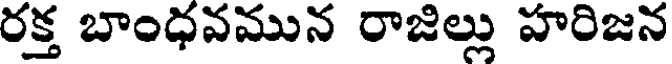
రక్త బాంధవమున రాజిల్లు హరిజన